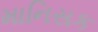
માનિસક